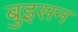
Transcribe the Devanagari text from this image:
बुइसन